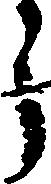
う